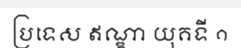
ប្រទេស ឥណ្ឌា យុគទី ១